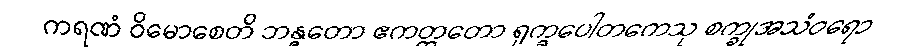
ကရဏံ ဝိမောစေတိ ဘန္ဇတော ဧကတ္တတော ရုက္ခပေါတကေသု စက္ခုအသံဝရော